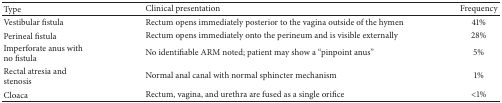
<table><thead><tr><td><b>Type</b></td><td><b>Clinical presentation</b></td><td><b>Frequency</b></td></tr></thead><tbody><tr><td>Vestibular fistula</td><td>Rectum opens immediately posterior to the vagina outside of the hymen </td><td>41%</td></tr><tr><td>Perineal fistula</td><td>Rectum opens immediately onto the perineum and is visible externally</td><td>28%</td></tr><tr><td>Imperforate anus with no fistula</td><td>No identifiable ARM noted; patient may show a “pinpoint anus”</td><td>5%</td></tr><tr><td>Rectal atresia and stenosis</td><td>Normal anal canal with normal sphincter mechanism</td><td>1%</td></tr><tr><td>Cloaca</td><td>Rectum, vagina, and urethra are fused as a single orifice</td><td>&lt;1%</td></tr></tbody></table>